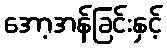
အော့အန်ခြင်းနှင့်